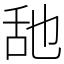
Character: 𦧇